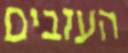
העזבים